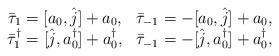
LaTeX: \begin{align*}\begin{matrix}\bar{\tau}_1 = [a_0, \hat{j}] + a_0, & \bar{\tau}_{-1} = -[a_0, \hat{j}] + a_0,\\\bar{\tau}^\dagger_1 = [\hat{j}, a_0^\dagger] + a_0^\dagger, & \bar{\tau}_{-1} = -[\hat{j}, a_0^\dagger] + a_0^\dagger,\\\end{matrix}\end{align*}